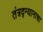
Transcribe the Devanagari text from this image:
तंत्रद्न्यानाचा